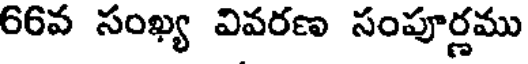
66వ సంఖ్య వివరణ సంపూర్ణము